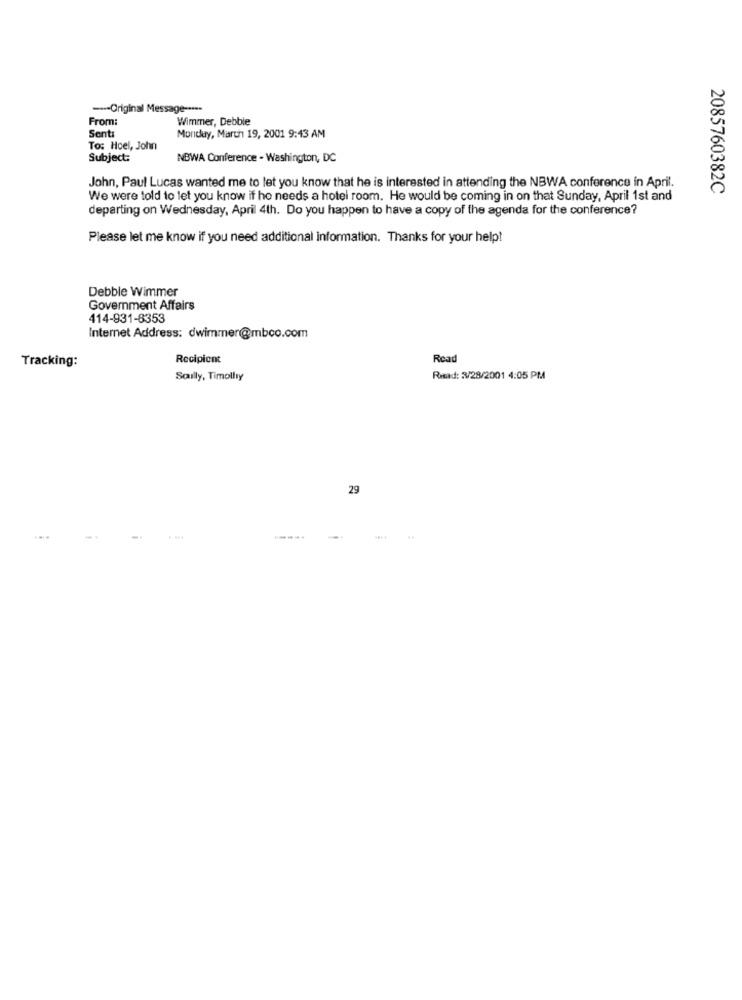
---- Original Message -....
From:
Wimmer, Debbie
Sent:
Monday, March 19, 2001 9:43 AM
To: Hoel, John
Subject:
NBWA Conference - Washington, DC
John, Paul Lucas wanted me to let you know that he is interested in attending the NBWA conference in April.
We were told to let you know if he needs a hotel room. He would be coming in on that Sunday, April 1st and
2085760382C
departing on Wednesday, April 4th. Do you happen to have a copy of the agenda for the conference?
Please let me know if you need additional information. Thanks for your help!
Debble Wimmer
Government Affairs
414-931-8353
Internet Address: dwimmer@mbco.com
Tracking:
Recipient
Read
Scully, Timolly
Read: 2/28/2001 4:05 PM
29